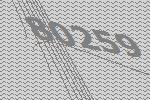
80259